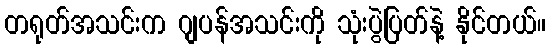
တရုတ်အသင်းက ဂျပန်အသင်းကို သုံးပွဲပြတ်နဲ့ နိုင်တယ်။